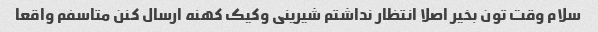
سلام وقت تون بخیر اصلا انتظار نداشتم شیرینی و‌کیک کهنه ارسال کنن متاسفم واقعا